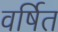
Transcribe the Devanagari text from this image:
वर्षित